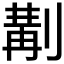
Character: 𠞣